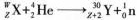
$$_{z}^{w} X + _{2}^{4} He \rightarrow _{z+2}^{30} Y + _{0}^{1}n$$